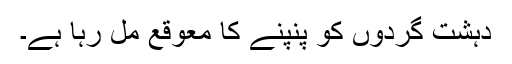
دہشت گردوں کو پنپنے کا معوقع مل رہا ہے۔